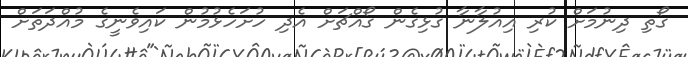
ގޯތި ދިނުމަށް ކުރި އިއުލާނާ ގުޅިގެން ގޯއްޗަށް އެދި ހުށަހެޅުމުން ކައިވެނީގެ މުއްދަތަށް